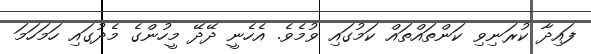
ފައިދާ ކުރަނިވި ކަންތައްތައް ކަމުގައި ވުމެވެ. އެހެނީ ދޭދޭ މީހުންގެ މެދުގައި ހަމަހަމަ